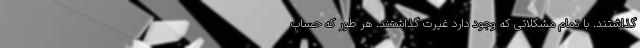
گذاشتند. با تمام مشکلاتی که وجود دارد غیرت گذاشتند. هر طور که حساب